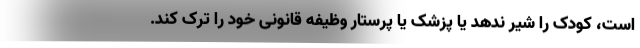
است، کودک را شیر ندهد یا پزشک یا پرستار وظیفه قانونی خود را ترک کند.